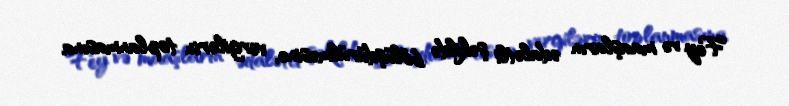
Fey və maaşların ədalətli şəkildə bölüşdürülməsinə, vergilərin toplanmasına